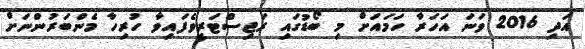
އަދި 2016 ވަނަ އަހަރާ ހަމައަށް މި ބޯޑުގައި ރަޖިސްޓަރީވެފައިވާ ހުރިހާ މެންބަރުންނަށް